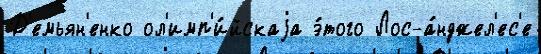
Д'емьян'енко ол'имп'и́йскаjа э́того Лос-а́нджел'ес'е